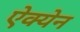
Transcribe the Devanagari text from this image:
ऐक्येन